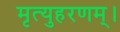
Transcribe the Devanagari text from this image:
मृत्युहरणम्‌।